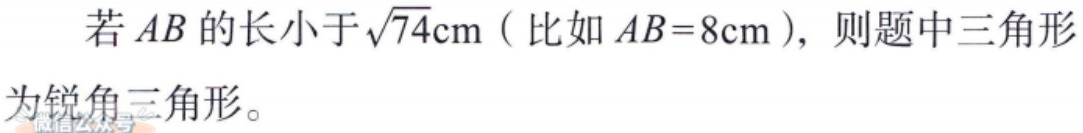
若 \(AB\) 的长小于\(\sqrt{74}\mathrm{cm}\)（比如 \(AB = 8\mathrm{cm}\)），则题中三角形为锐角三角形。